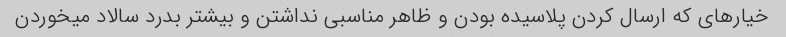
خیارهای که ارسال کردن پلاسیده بودن و ظاهر مناسبی نداشتن و بیشتر بدرد سالاد میخوردن